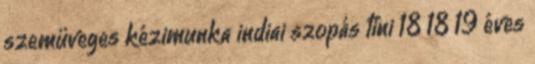
szemüveges kézimunka indiai szopás tini 18 18 19 éves